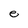
Character: e